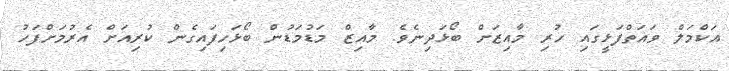
އަކްމަލް ވައަތްފަޅީގައި ހުރި މާއިޒަށް ބޯޅަދިނެވެ. މާއިޒް މަޑުމަޑުން ބޯޅަހިފައިގެން ކުރިއަށް އެރުމަށްފަހު